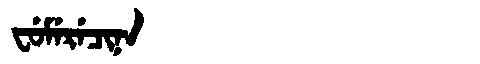
Manchu: ᠸᡠᠮᡝᡵᡝᠴᡳᠨᠠ
Romanization: FUMERECINA